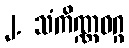
၂. သံကိဏ္ဏဝဂ္ဂ